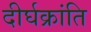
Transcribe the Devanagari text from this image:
दीर्घक्रांति